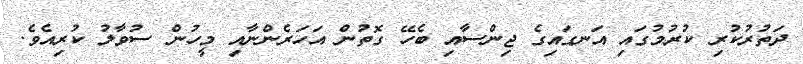
ދަތުރުކުރި ކުރުމުގައި އަނގައިގެ ޖިންސާއި ބެހޭ ގޮތުން އަހަރެންނާއި މީހުން ސުވާލު ކުރިއެވެ.